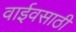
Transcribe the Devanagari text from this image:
वाईवसाठी